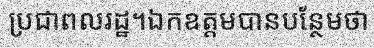
ប្រជាពលរដ្ឋ។ឯកឧត្តមបានបន្ថែមថា